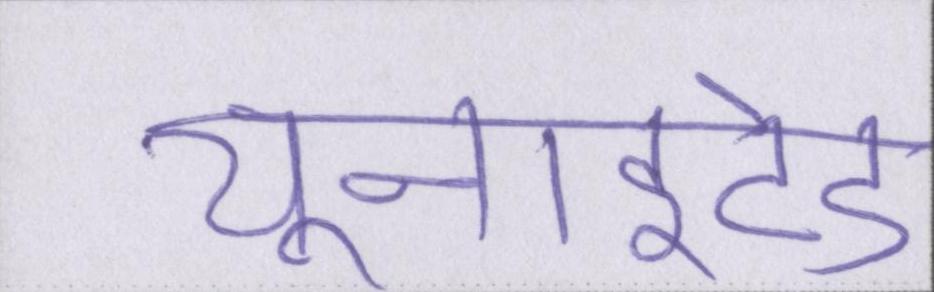
यूनाइटेड